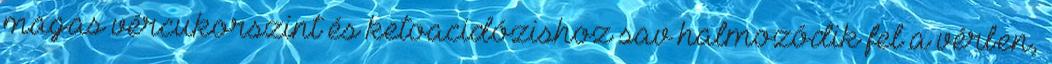
magas vércukorszint és ketoacidózishoz sav halmozódik fel a vérben,